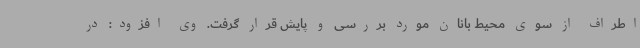
اطراف از سوی محیط بانان مورد بررسی و پایش قرار گرفت. وی افزود: در